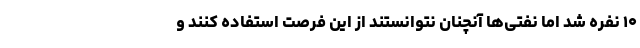
۱۰ نفره شد اما نفتی‌ها آنچنان نتوانستند از این فرصت استفاده کنند و